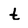
Character: t